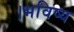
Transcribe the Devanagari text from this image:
।भविष्य